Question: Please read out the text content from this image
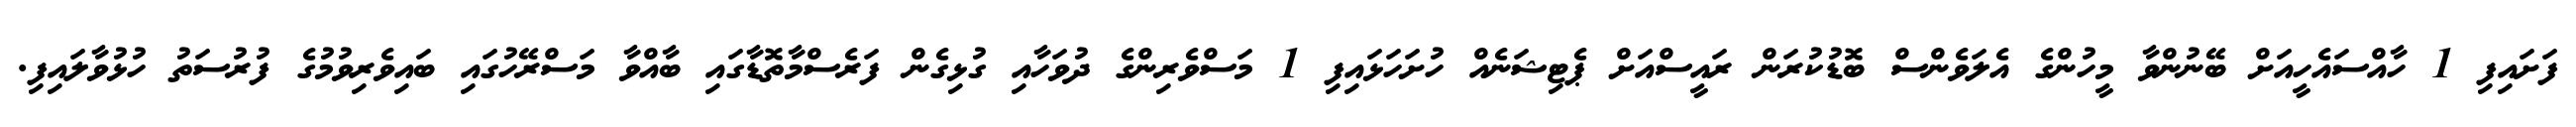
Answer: ފަށައިފި 1 ހާއްސައެހީއަށް ބޭނުންވާ މީހުންގެ އެލަވެންސް ބޮޑުކުރަން ރައީސްއަށް ޕެޓިޝަނެއް ހުށަހަޅައިފި 1 މަސްވެރިންގެ ދުވަހާއި ގުޅިގެން ފަރެސްމާތޮޑާގައި ބާއްވާ މަސްރޭހުގައި ބައިވެރިވުމުގެ ފުރުސަތު ހުޅުވާލައިފި.